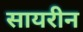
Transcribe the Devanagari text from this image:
सायरीन